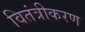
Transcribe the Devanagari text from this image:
वितंत्रीकरण